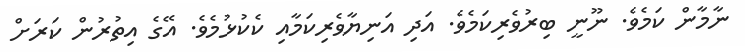
ނާމާން ކަމެވެ. ނޫނީ ބިރުވެރިކަމެވެ. އަދި އަނިޔާވެރިކަމާއި ކެކުޅުމެވެ. އޭގެ އިތުރުން ކަރަށް